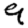
Digit: 9